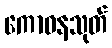
ကောဓနသုတ်